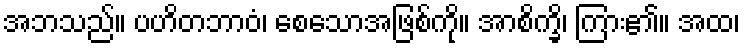
အဘသည်။ ပဟိတဘာဝံ၊ စေသောအဖြစ်ကို။ အာစိက္ခိ၊ ကြား၏။ အထ၊